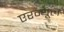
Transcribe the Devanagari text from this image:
एरन्‍यूल